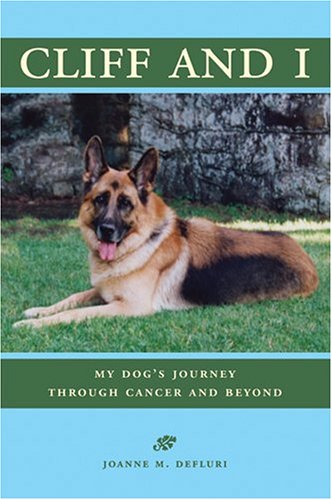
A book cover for Cliff and I: My Dog's Journey Through Cancer and Beyond; JoAnne M. DeFluri; Medical Books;